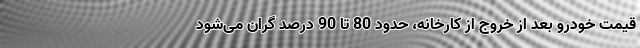
قیمت خودرو بعد از خروج از کارخانه، حدود 80 تا 90 درصد گران می‌شود